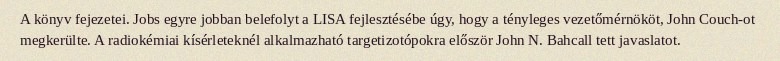
A könyv fejezetei. Jobs egyre jobban belefolyt a LISA fejlesztésébe úgy, hogy a tényleges vezetőmérnököt, John Couch-ot megkerülte. A radiokémiai kísérleteknél alkalmazható targetizotópokra először John N. Bahcall tett javaslatot.